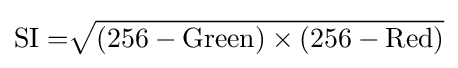
{\text{SI}}={\sqrt[{}]{(256-{\text{Green}})\times (256-{\text{Red}})}}